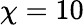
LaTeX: \chi=10